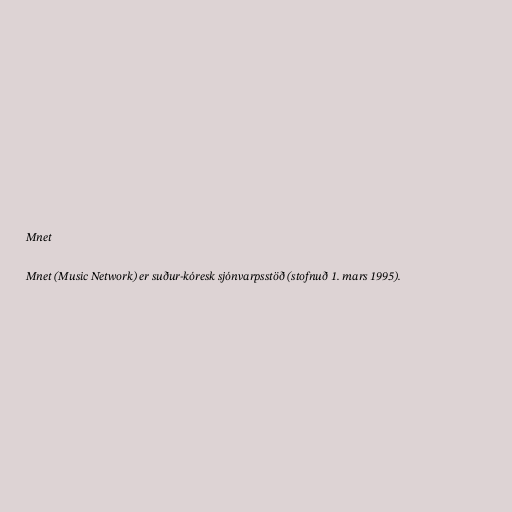
Mnet

Mnet (Music Network) er suður-kóresk sjónvarpsstöð (stofnuð 1. mars 1995).